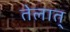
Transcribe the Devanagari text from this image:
तेलात्